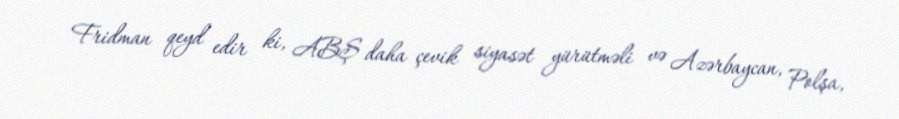
Fridman qeyd edir ki, ABŞ daha çevik siyasət yürütməli və Azərbaycan, Polşa,